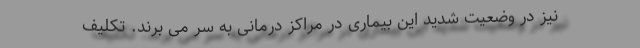
نیز در وضعیت شدید این بیماری در مراکز درمانی به سر می برند. تکلیف